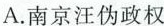
A.南京汪伪政权